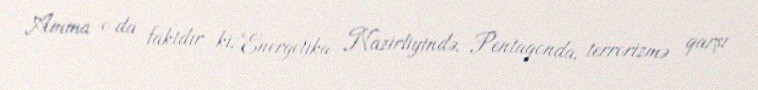
Amma o da faktdır ki, Energetika Nazirliyində, Pentaqonda, terrorizmə qarşı